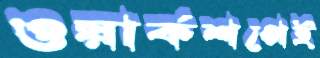
ওয়ার্কশপেই